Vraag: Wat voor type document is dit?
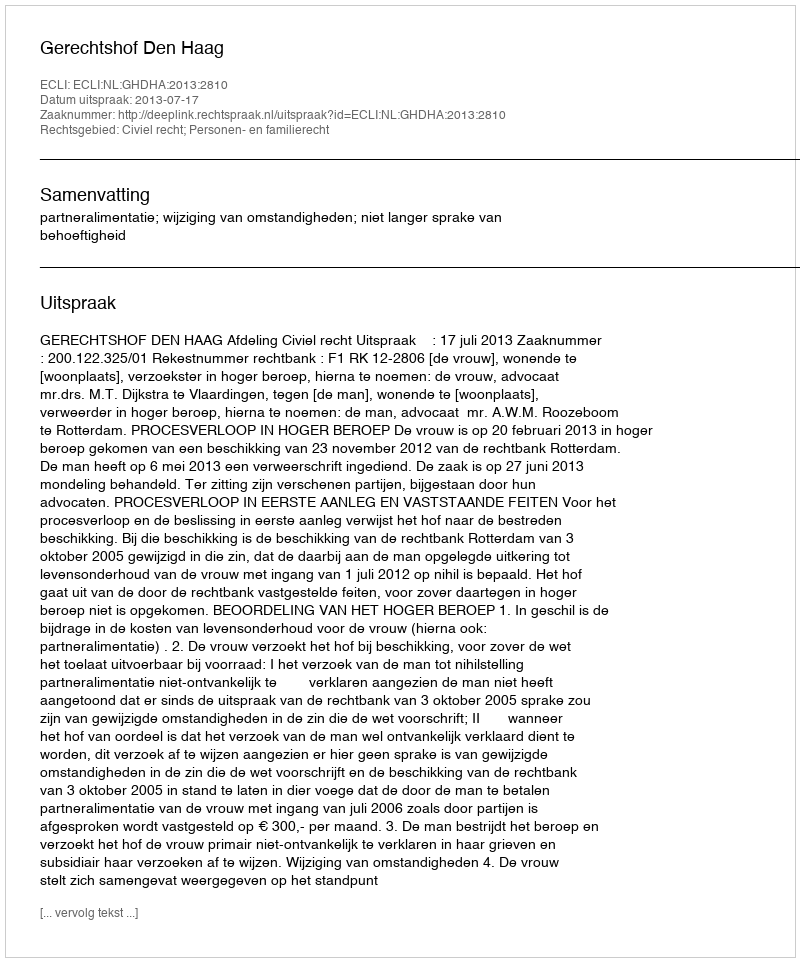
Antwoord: Uitspraak